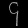
Digit: ၄